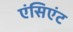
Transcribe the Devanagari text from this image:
एंसिएंट